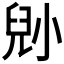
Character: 𡮅